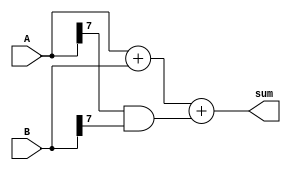
module CarryBypassAdder(
    input [7:0] A,
    input [7:0] B,
    output [8:0] sum
);

reg [8:0] c; // carry chain

assign sum = A + B + c[8]; // output sum

// carry bypass logic
always @(*)
begin
    if(c[0] == 1'b1)
        c[1] <= A[0] & B[0];
    else
        c[1] <= 1'b0;
        
    if(c[1] == 1'b1)
        c[2] <= (A[1] & B[1]) | (A[0] & B[0]);
    else
        c[2] <= 1'b0;
    
    // continue logic for remaining bits...
    
    // final carry bit
    c[8] <= A[7] & B[7];
end

endmodule